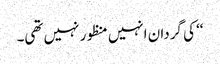
‘‘ کی گردان انہیں منظور نہیں تھی۔